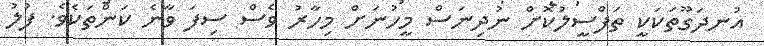
އުނދަގޫތަކަކީ ތަފްސީލުކޮށް ނުދިނަސް މީހުނަށް މިހާރު ވެސް ސިފަ ވާނެ ކަންތަކެވެ. ފުލު